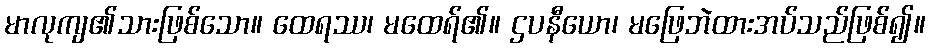
မာလုကျ၏သားဖြစ်သော။ ထေရဿ၊ မထေရ်၏။ ဌပနီယော၊ မဖြေဘဲထားအပ်သည်ဖြစ်၍။